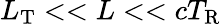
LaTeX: L_{\mathrm{T}}<<L<<cT_{\mathrm{R}}